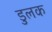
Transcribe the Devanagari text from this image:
डुलक